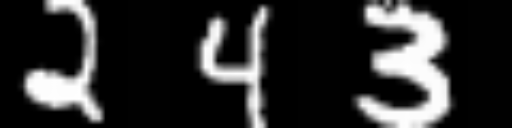
Text: 243